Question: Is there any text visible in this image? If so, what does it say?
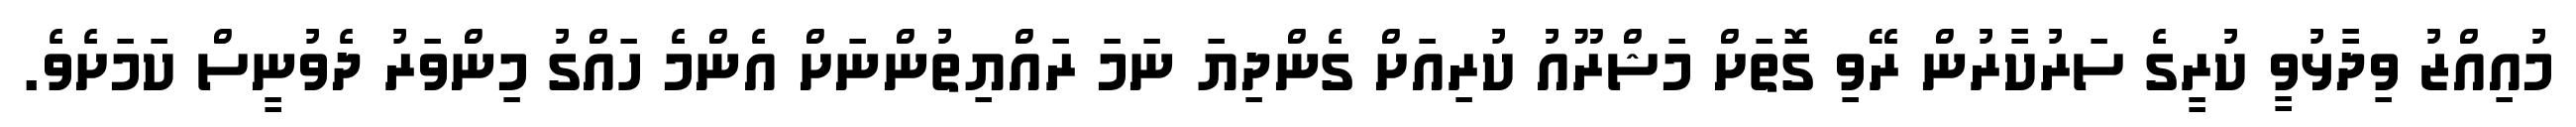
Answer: މުއިއްޒު ވިދާޅުވީ ކުރީގެ ސަރުކާރުން ރޭވި ގޮތަށް މަޝްރޫއު ކުރިއަށް ގެންދިޔަ ނަމަ ރައްޔިތުންނަށް އެންމެ ހައްގު މިންވަރު ދެވުނީސް ކަމަށެވެ.